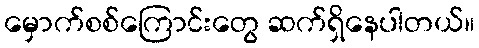
မှောက်စစ်ကြောင်းတွေ ဆက်ရှိနေပါတယ်။